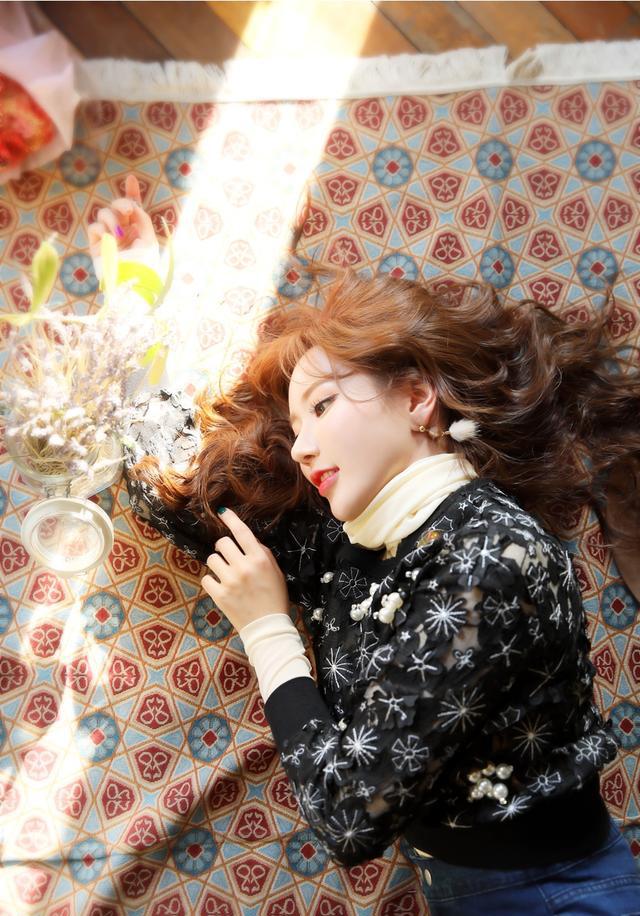
当关不报侵晨客，新得佳人字莫愁。